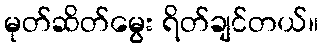
မုတ်ဆိတ်မွေး ရိတ်ချင်တယ်။